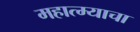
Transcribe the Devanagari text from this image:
महात्म्याचा